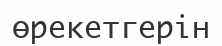
өрекетгерін